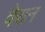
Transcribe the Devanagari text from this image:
वेरान